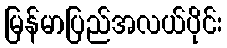
မြန်မာပြည်အလယ်ပိုင်း